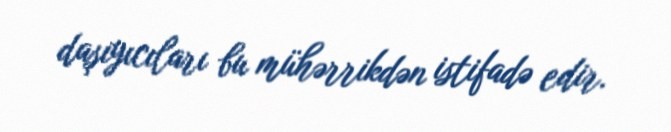
daşıyıcıları bu mühərrikdən istifadə edir.